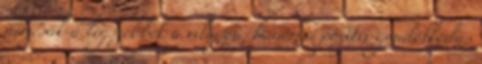
nemcsak a legszebbek a világon, hanem a pozitív gondolkodás